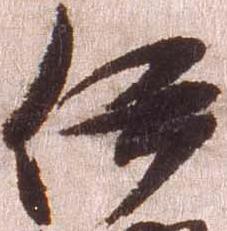
伊